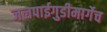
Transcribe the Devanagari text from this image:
जलपाईगुडीमार्गेच